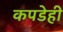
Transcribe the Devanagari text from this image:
कपडेही